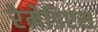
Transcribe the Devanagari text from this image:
रेमेडिएस